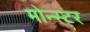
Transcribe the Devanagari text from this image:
मोन्स्टर